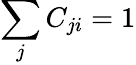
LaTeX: \sum_{j}{C_{ji}}=1